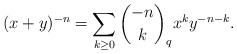
LaTeX: \begin{align*} (x + y)^{- n} = \sum_{k \geq 0} \binom{- n}{k}_q x^k y^{- n - k} . \end{align*}